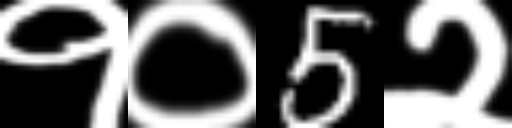
Text: १०5२